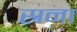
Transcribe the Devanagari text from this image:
स्रना